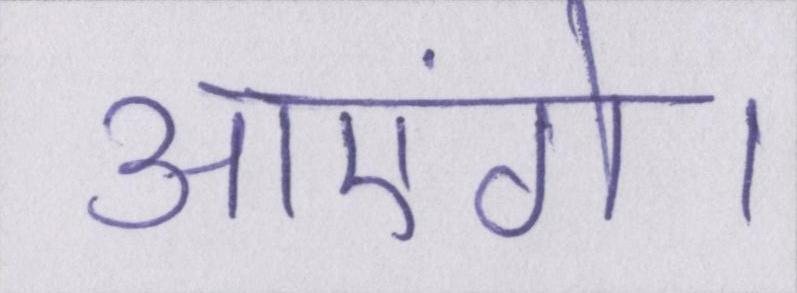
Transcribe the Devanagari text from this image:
आएंगे।